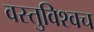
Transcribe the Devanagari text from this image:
वस्तुविश्वच